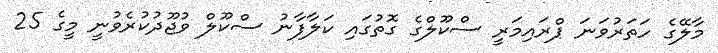
މާލޭގެ ހަތަރުވަނަ ޕްރައިމަރީ ސްކޫލްގެ ގޮތުގައި ކަލާފާނު ސްކޫލް ވުޖޫދުކުރެވުނީ މީގެ 25